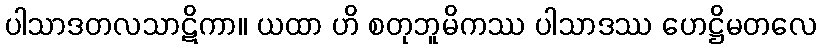
ပါသာဒတလသာဋိကာ။ ယထာ ဟိ စတုဘူမိကဿ ပါသာဒဿ ဟေဋ္ဌိမတလေ